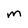
Character: M